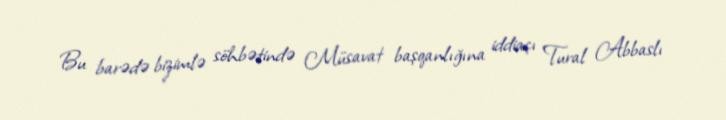
Bu barədə bizimlə söhbətində Müsavat başqanlığına iddiaçı Tural Abbaslı